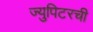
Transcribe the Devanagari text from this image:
ज्युपिटरची